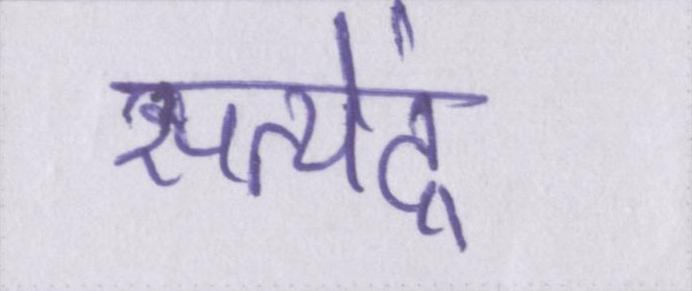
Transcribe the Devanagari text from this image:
सत्येंद्र